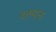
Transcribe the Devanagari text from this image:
उत्प्पन